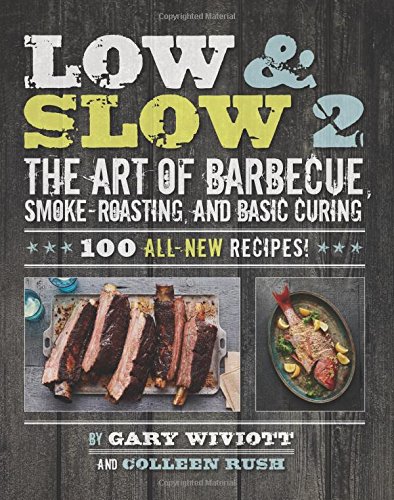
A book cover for Low & Slow 2: The Art of Barbecue, Smoke-Roasting, and Basic Curing; Gary Wiviott; Cookbooks, Food & Wine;